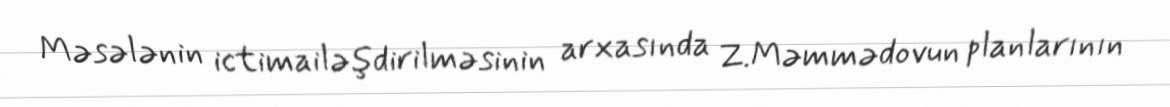
Məsələnin ictimailəşdirilməsinin arxasında Z.Məmmədovun planlarının